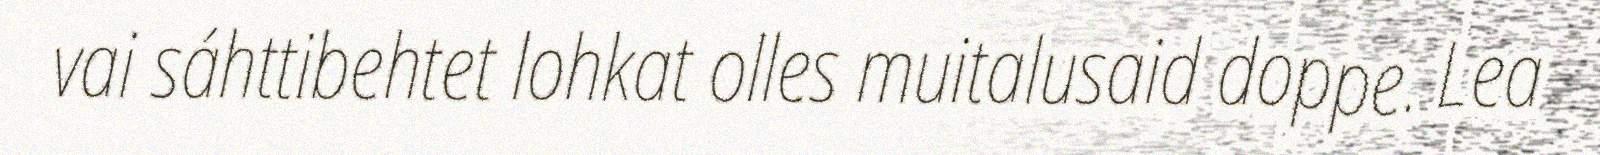
vai sáhttibehtet lohkat olles muitalusaid doppe. Lea